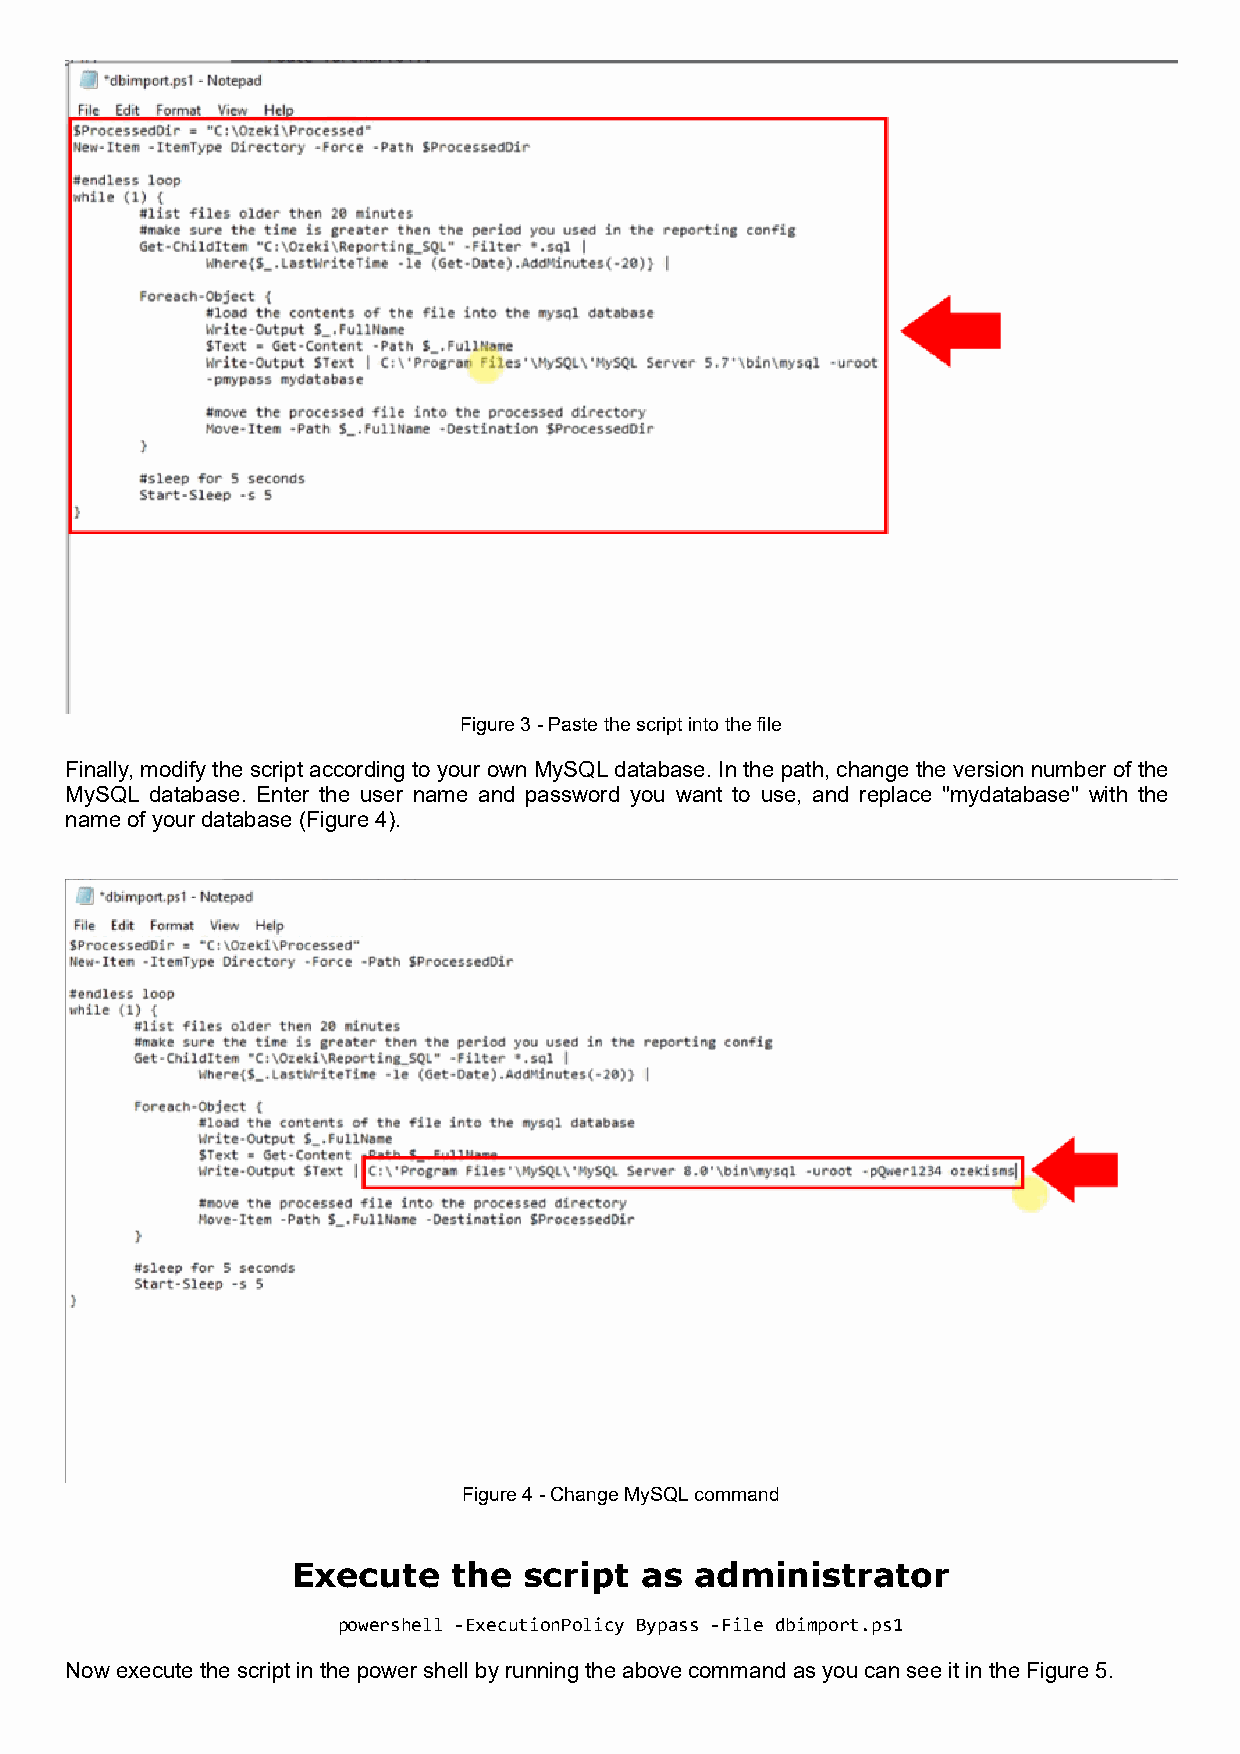
Figure 3 - Paste the script into the file
 Finally, modify the script according to your own MySQL database. In the path, change the version number of the
 MySQL database. Enter the user name and password you want to use, and replace "mydatabase" with the
 name of your database (Figure 4).
 Figure 4 - Change MySQL command
 Execute    the  script as  administrator
 powershell -ExecutionPolicy Bypass -File dbimport.ps1
 Now execute the script in the power shell by running the above command as you can see it in the Figure 5.